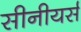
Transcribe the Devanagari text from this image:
सीनीयर्स